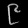
Digit: ၉